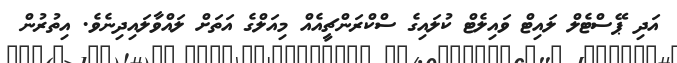
އަދި ޕޭސްޓެލް ލައިޓް ވައިލެޓް ކުލައިގެ ސްކްރަންޗީއެއް މިއަލްގެ އަތަށް ލައްވާލައިދިނެވެ. އިތުރުން